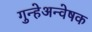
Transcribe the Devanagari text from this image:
गुन्हेअन्वेषक